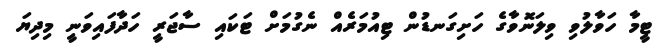
ޓީމާ ހަވާލުވި ވިލަނޮވާގެ ހަށިގަނޑުން ޓިއުމަރެއް ނެގުމަށް ޓަކައި ސާޖަރީ ހަދާފައިވަނީ މިދިޔަ